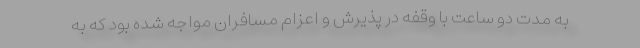
به مدت دو ساعت با وقفه در پذیرش و اعزام مسافران مواجه شده بود که به